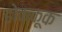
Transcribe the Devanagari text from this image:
होककूक